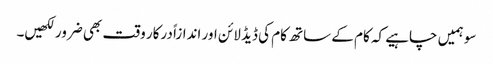
سو ہمیں چاہیے کہ کام کے ساتھ کام کی ڈیڈ لائن اور اندازاً درکار وقت بھی ضرور لکھیں۔